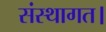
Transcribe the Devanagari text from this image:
संस्थागत।